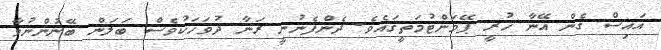
އައިސް ގެން އޭނާ ހުރީ ޕޭމަންޓުމަތީގައެވެ. ދެންފެނުނީ ރަނާ ދުވަހަކުވެސް ބަލަން ބޭނުންނުވާ